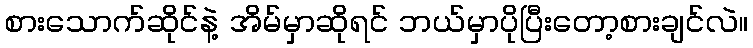
စားသောက်ဆိုင်နဲ့ အိမ်မှာဆိုရင် ဘယ်မှာပိုပြီးတော့စားချင်လဲ။